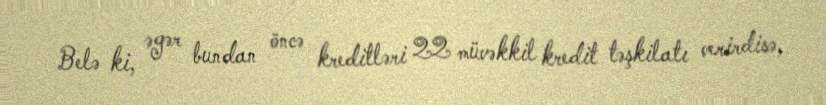
Belə ki, əgər bundan öncə kreditləri 22 müvəkkil kredit təşkilatı verirdisə,